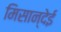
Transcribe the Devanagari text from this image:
मिसान्देई